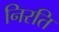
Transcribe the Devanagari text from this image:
निरति